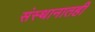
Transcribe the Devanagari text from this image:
संस्थानातही